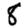
Digit: 8